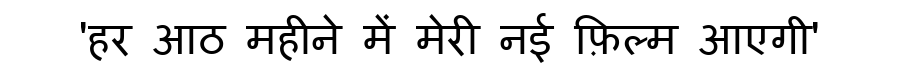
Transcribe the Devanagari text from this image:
'हर आठ महीने में मेरी नई फ़िल्म आएगी'